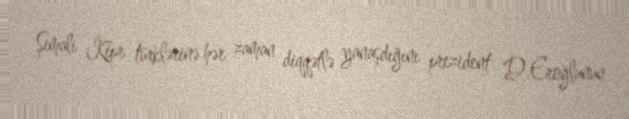
Şimali Kipr türklərinə hər zaman diqqətlə yanaşdığını prezident D.Eroğlunun